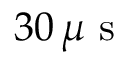
3 0 \, \mu \mathrm { ~ s ~ }